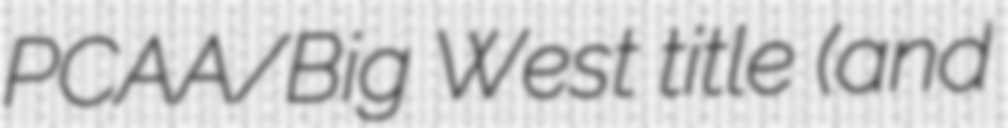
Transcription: PCAA/Big West title (and